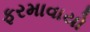
ફરમાવાયો